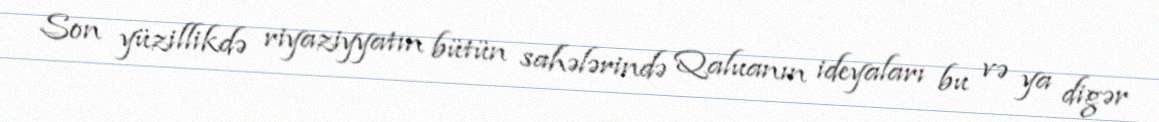
Son yüzillikdə riyaziyyatın bütün sahələrində Qaluanın ideyaları bu və ya digər